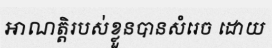
អាណត្តិរបស់ខ្លួនបានសំរេច ដោយ